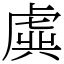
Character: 虡